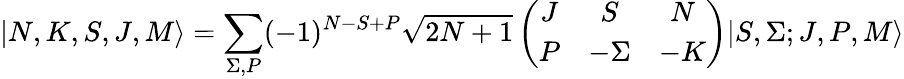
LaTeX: |N,K,S,J,M\rangle=\sum_{\Sigma,P}(-1)^{N-S+P}\sqrt{2N+1}\left(\begin{array}{ccc}{J}&{S}&{N}\\ {P}&{-\Sigma}&{-K}\end{array}\right)|S,\Sigma;J,P,M\rangle